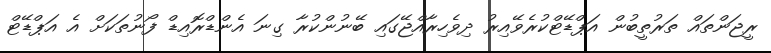
ރީޖަންތައް ތަރުތީބުން އަޕްޑޭޓްކުރެވޭއިރު ދިވެހިރާއްޖޭގައި ބޭނުންކުރާ ގިނަ އެންޑްރޮއިޑް ފޯނުތަކަށް އެ އަޕްޑޭޓް